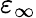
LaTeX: \varepsilon_{\infty}